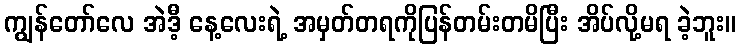
ကျွန်တော်လေ အဲဒီ့ နေ့လေးရဲ့ အမှတ်တရကိုပြန်တမ်းတမိပြီး အိပ်လို့မရ ခဲ့ဘူး။